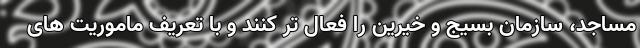
مساجد، سازمان بسیج و خیرین را فعال تر کنند و با تعریف ماموریت های